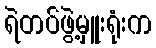
ရဲတပ်ဖွဲ့မှူးရုံးက